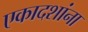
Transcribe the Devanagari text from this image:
एकादशांना